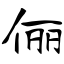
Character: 俪